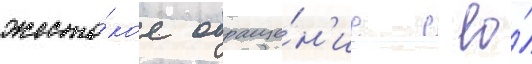
жесто́кое обраще́н'ие с ео́